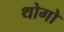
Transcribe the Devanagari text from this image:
थोगो